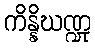
ကိန္နိဃဏ္ဍု